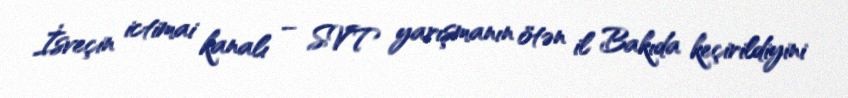
İsveçin ictimai kanalı – SVT yarışmanın ötən il Bakıda keçirildiyini